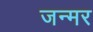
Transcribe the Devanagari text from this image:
जन्मर